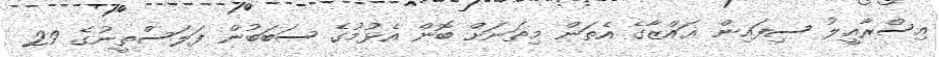
އިސްރާއީލު ސިފައިން ޣައްޒާގެ އެތަން މިތަނަށް ބޮން އެޅުމުގެ ސަބަބުން ފަލަސްތީނުގެ 29